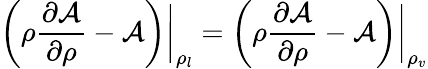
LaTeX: \left(\rho\frac{\partial\mathcal{A}}{\partial\rho}-\mathcal{A}\right)\bigg\vert_{\rho_{l}}=\left(\rho\frac{\partial\mathcal{A}}{\partial\rho}-\mathcal{A}\right)\bigg\vert_{\rho_{v}}